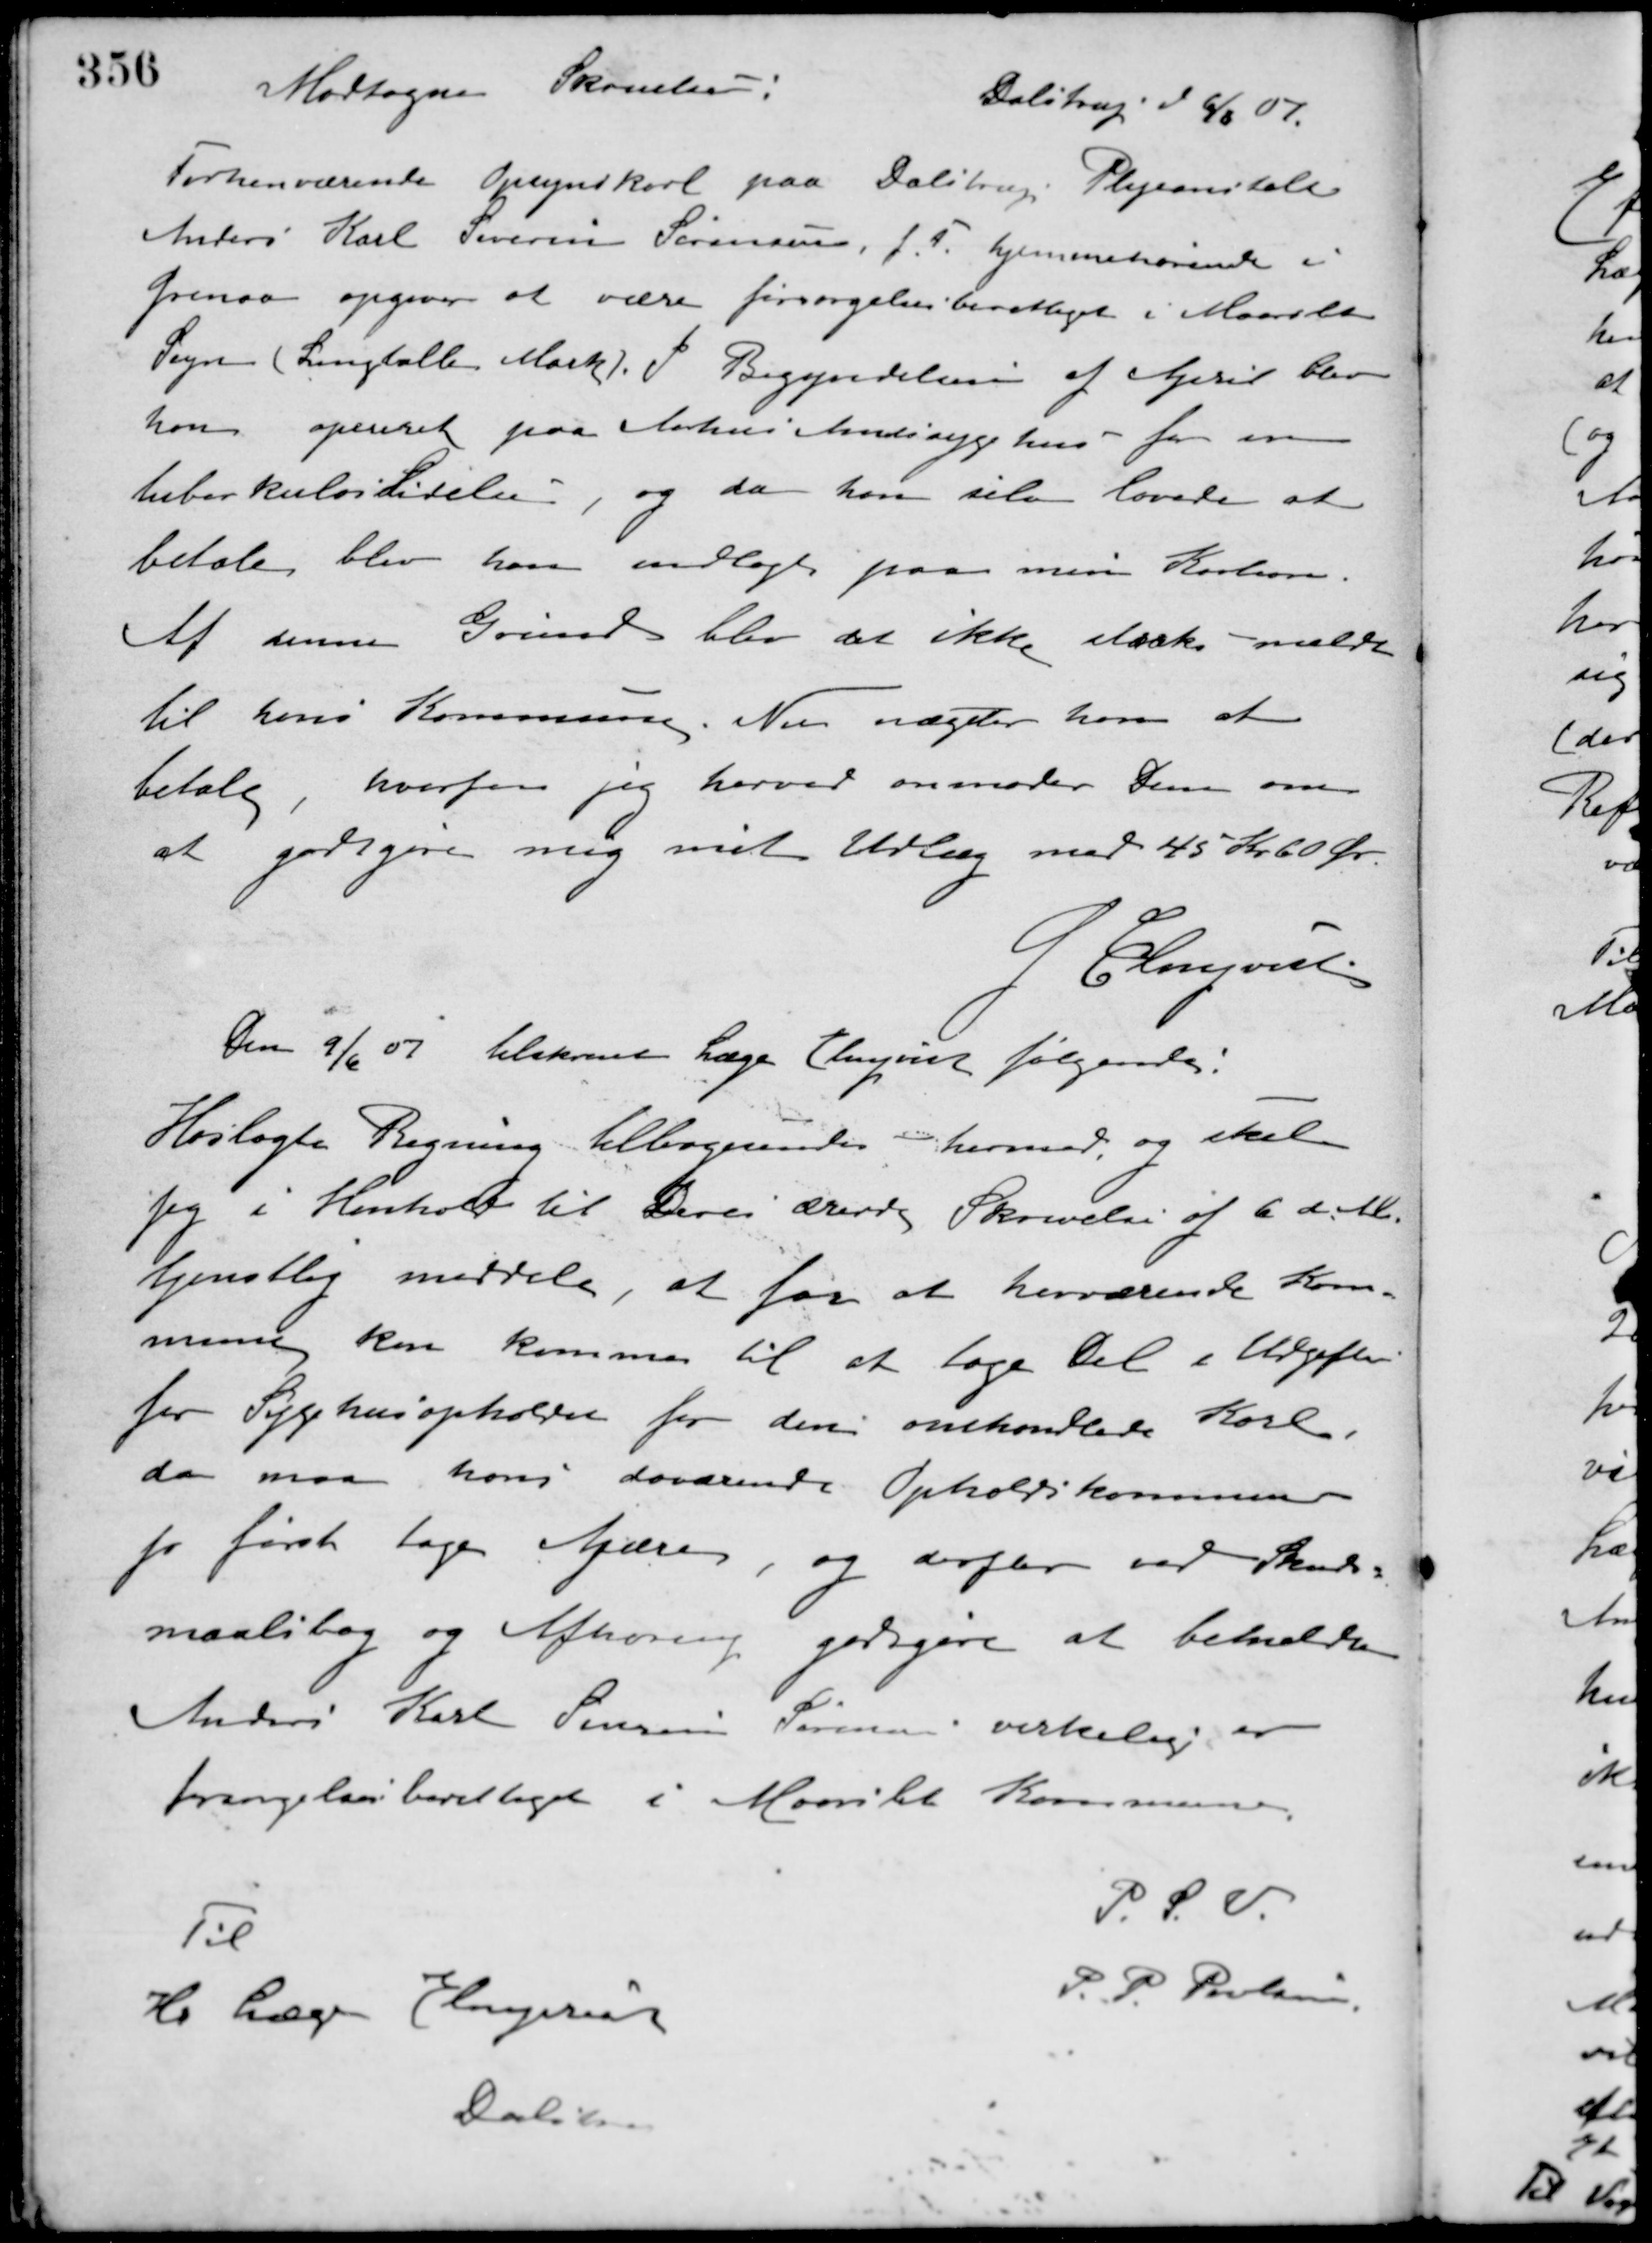
Transskription:
Modtagen Skrivelse:
Dalstrup d 6/6 07.
Forhenværende Opsynskarl paa Dalstrup Plejeanstalt
Anders Karl Severin Sørensen, f. T. hjemmehørende i
Grenaa opgiver at være forsørgelsesberettiget i Maarslet
Sogn (Langballe Mark). I Begyndelsen af April blev
han opereret paa Aarhus Amtssygehus for en
tuberkuloselidelse, og da han selv lovede at
betale blev han indlagt paa min Kaution.
Af denne Grund blev det ikke straks meldt
til hans Kommune. Nu nægter han at
betale, hvorfor jeg herved anmoder Dem om
at godtgøre mig mit Udlæg med 45 Kr. 60 Øre.
J. Elmquist
Den 9/6 07 tilskrevet Læge Elmquist følgende:
Hoslagte Regning tilbagesendes hermed, og skal
jeg i Henhold til Deres ærede Skrivelse af 6 d. M.
tjenstlig meddele, at for at herværende Kom-
mune kan komme til at tage Del i Udgifter
for Sygehusopholdet for den omhandlede Karl
da maa hans daværende Opholdskommune
jo først tage Afære, og derefter ved Skuds-
maalsbog og Afhøring godtgjøre at bemeldte
Anders Karl Severin Sørensen virkelig er
forsørgelsesberettiget i Maarslet Kommune.
P. S. V.
P. P. Poulsen
Til
Hr. Læge Elmquist
Dalstrup